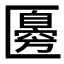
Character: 𠥣